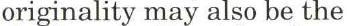
originality may also be the